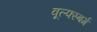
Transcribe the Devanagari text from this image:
वूल्फ्स्बर्ग